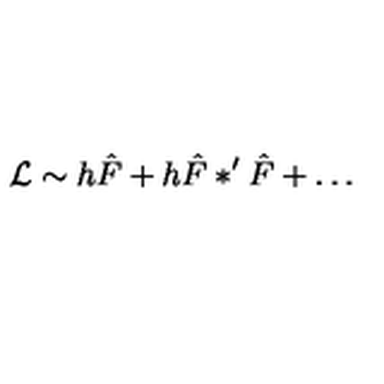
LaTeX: { \mathcal L } \sim h \hat { F } + h \hat { F } \ast ^ { \prime } \hat { F } + \dots